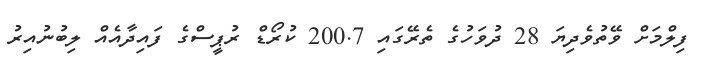
ފިލްމަށް ވޭތުވެދިޔަ 28 ދުވަހުގެ ތެރޭގައި 200.7 ކުރޯޑް ރުޕީސްގެ ފައިދާއެއް ލިބުނުއިރު